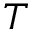
T